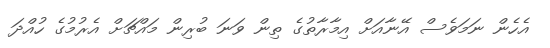
އެހެން ނަމަވެސް އޭނާއަށް އިމާރާތުގެ ތިން ވަނަ ބުރިން މައްޗަށް އެރުމުގެ ހުއްދަ